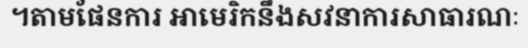
។តាមផែនការ អាមេរិកនឹងសវនាការសាធារណៈ